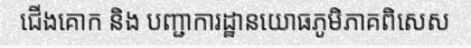
ជើងគោក និង បញ្ជាការដ្ឋានយោធភូមិភាគពិសេស